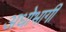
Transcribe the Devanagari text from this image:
अधोभागी